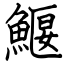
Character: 鰋